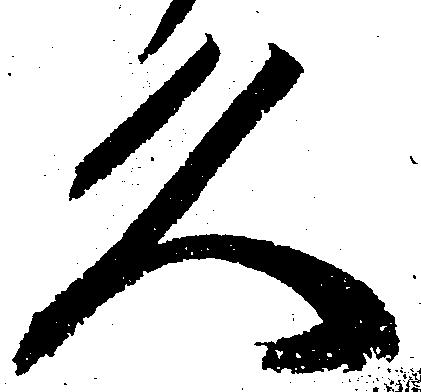
久